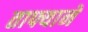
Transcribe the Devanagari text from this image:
ताफ्याने